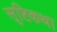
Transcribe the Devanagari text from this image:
सृष्टिकथा